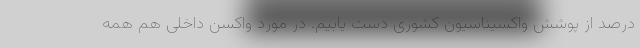
درصد از پوشش واکسیناسیون کشوری دست یابیم. در مورد واکسن داخلی هم همه